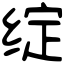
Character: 绽